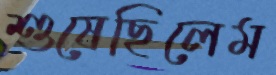
শুষেছিলেম